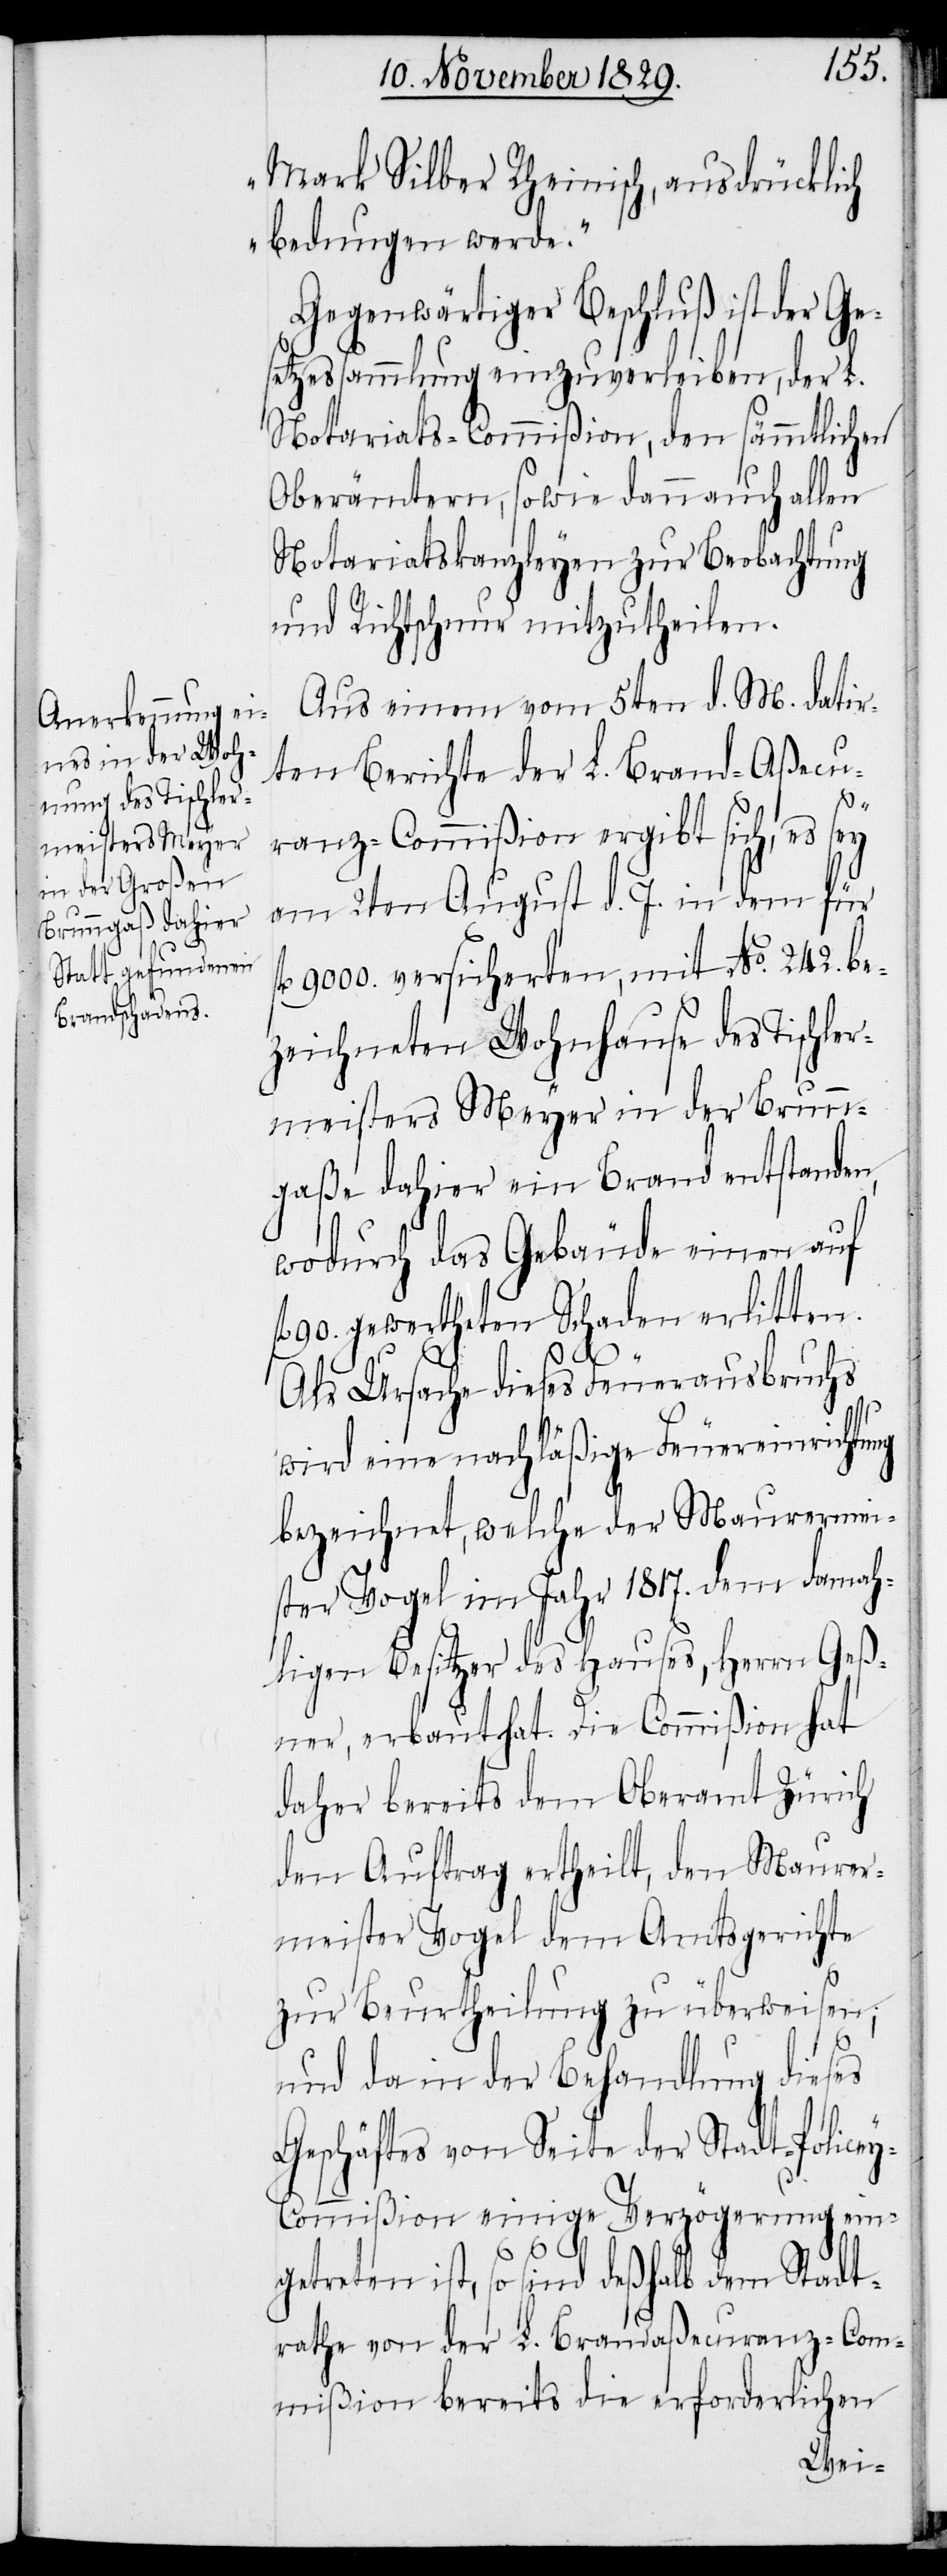
Mark Silber Rheinisch, ausdrücklich
bedungen werde.“
Gegenwärtiger Beschluß ist der Ge¬
setzessammlung einzuverleiben, der L.
Notariats-Commißion, den sämmtlichen
Oberämtern, sowie dann auch allen
Notariatskanzleyen zur Beobachtung
und Richtschnur mitzutheilen.
Aus einem vom 5ten d. M. datir¬
ten Berichte der L. Brandaßecu¬
ranz-Commißion ergibt sich, es sey
am 2ten August d. J. in dem für
9000. versicherten, mit No. 242. be¬
zeichneten Wohnhause des Tischle¬
rmeisters Meyer in der Brunn¬
gaße dahier ein Brand entstanden,
wodurch das Gebäude einen auf
90. gewertheten Schaden erlitten.
Als Ursache dieses Feuerausbruchs
wird eine nachläßige Feuereinrichtung
bezeichnet, welche der Maurermei¬
ster Vogel im Jahr 1817. dem damah¬
ligen Besitzer des Hauses, Herrn Geß¬
ner, erbaut hat. Die Commißion hat
daher bereits dem Oberamt Zürich
den Auftrag ertheilt, den Maurer¬
meister Vogel dem Amtsgerichte
zur Beurtheilung zu überweisen;
und da in der Behandlung dieses
Geschäftes von Seite der Stadt-Police¬
y-Commißion einige Verzögerung ein¬
getreten ist, so sind deßhalb dem Stadt¬
rathe von der L. Brandaßecuranz-Com¬
mißion bereits die erforderlichen